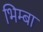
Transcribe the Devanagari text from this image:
भिम्बा